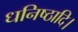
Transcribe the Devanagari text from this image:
धनिष्ठादि।